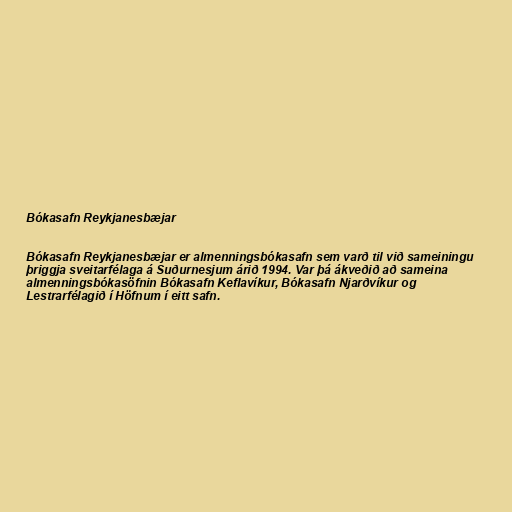
Bókasafn Reykjanesbæjar

Bókasafn Reykjanesbæjar er almenningsbókasafn sem varð til við sameiningu
þriggja sveitarfélaga á Suðurnesjum árið 1994. Var þá ákveðið að sameina
almenningsbókasöfnin Bókasafn Keflavíkur, Bókasafn Njarðvíkur og
Lestrarfélagið í Höfnum í eitt safn.